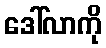
ဒေါ်လာကို